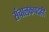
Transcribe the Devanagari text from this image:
संचालकपदही